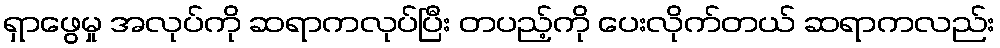
ရှာဖွေမှု အလုပ်ကို ဆရာကလုပ်ပြီး တပည့်ကို ပေးလိုက်တယ် ဆရာကလည်း